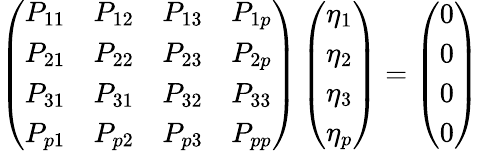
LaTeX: \left(\begin{array}{llll}{P_{11}}&{P_{12}}&{P_{13}}&{P_{1p}}\\ {P_{21}}&{P_{22}}&{P_{23}}&{P_{2p}}\\ {P_{31}}&{P_{31}}&{P_{32}}&{P_{33}}\\ {P_{p1}}&{P_{p2}}&{P_{p3}}&{P_{pp}}\end{array}\right)\left(\begin{array}{l}{\eta_{1}}\\ {\eta_{2}}\\ {\eta_{3}}\\ {\eta_{p}}\end{array}\right)=\left(\begin{array}{l}{0}\\ {0}\\ {0}\\ {0}\end{array}\right)